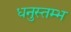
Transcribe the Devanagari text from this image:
धनुस्तम्भ